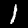
Digit: 1